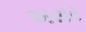
અસર